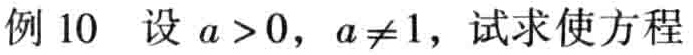
例 10 设 \(a > 0\)，\(a \neq 1\)，试求使方程